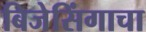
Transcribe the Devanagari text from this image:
बिजेसिंगाचा